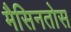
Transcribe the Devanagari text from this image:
मैसिनतोस